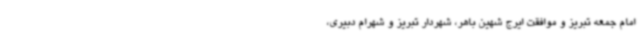
امام جمعه تبریز و موافقت ایرج شهین باهر، شهردار تبریز و شهرام دبیری،